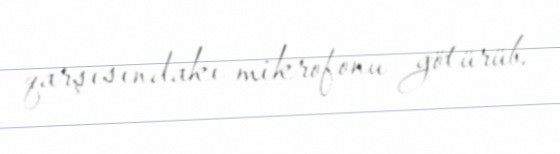
qarşısındakı mikrofonu götürüb.